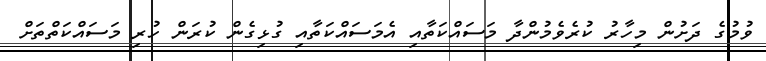
ވުމުގެ ދަށުން މިހާރު ކުރެވެމުންދާ މަސައްކަތާއި އެމަސައްކަތާއި ގުޅިގެން ކުރަން ހުރި މަސައްކަތްތަށް